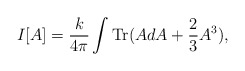
\begin{align*}I[A] = \frac{k}{4\pi} \int \mbox{Tr} (A dA + \frac{2}{3} A^3),\end{align*}